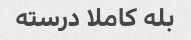
بله کاملا درسته